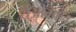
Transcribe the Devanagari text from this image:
येओमान